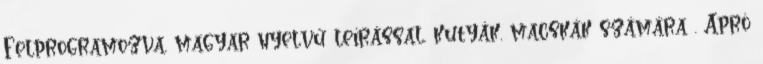
Felprogramozva, magyar nyelvű leírással, kutyák, macskák számára . Apró